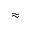
\approx